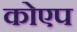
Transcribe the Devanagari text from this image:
कोएप